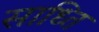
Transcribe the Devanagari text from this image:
साध्ति